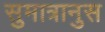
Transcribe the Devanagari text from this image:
सुमात्रानुस